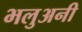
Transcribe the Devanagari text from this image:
भलुअनी